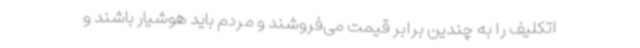
اتکلیف را به چندین برابر قیمت می‌فروشند و مردم باید هوشیار باشند و